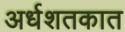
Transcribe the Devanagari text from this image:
अर्धशतकात